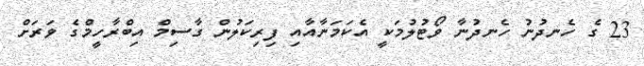
23 ގެ ހެނދުނު ހެނދުނާ ވޯޓުލުމަކީ އެކަމަނާއާއި ފިރިކަލުން ގާސިމް އިބްރާހީމްގެ ވަރަށް